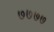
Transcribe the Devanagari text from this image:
७७७७